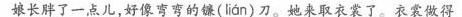
娘长胖了一点儿，好像弯弯的镰( lian )刀。她来取衣裳了。衣裳做得